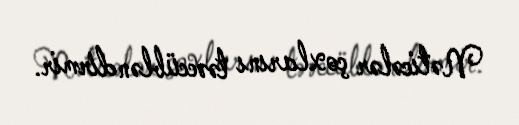
Nəticələr çoxlarını təəccübləndirmir.